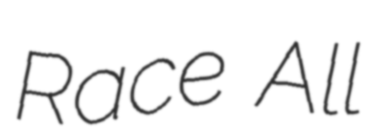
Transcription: Race All